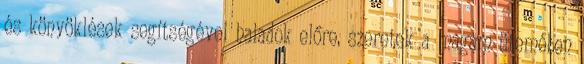
és könyöklések segítségével haladok előre, szeretek a magam ütemében